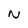
Character: N